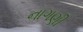
નાગણી